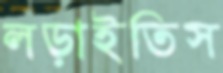
লড়াইতিস